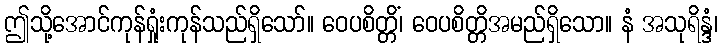
ဤသို့အောင်ကုန်ရှုံးကုန်သည်ရှိသော်။ ဝေပစိတ္တိံ၊ ဝေပစိတ္တိအမည်ရှိသော။ နံ အသုရိန္ဒံ၊